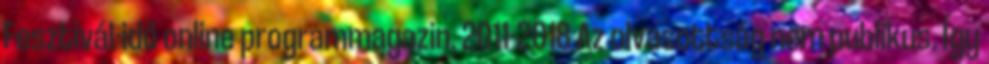
Fesztivál-idő online programmagazin, 2011-2018 Az olvasottság nem publikus. Így